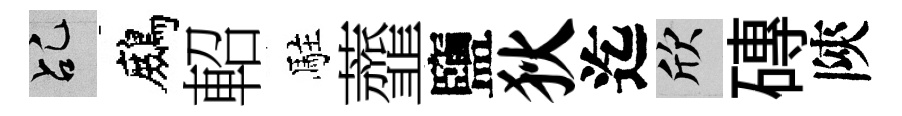
乩鷓軺駐虀鹽狄迄欣磚陝